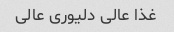
غذا عالی دلیوری عالی